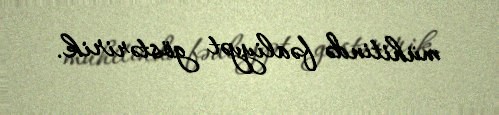
mühitində fəaliyyət göstəririk.